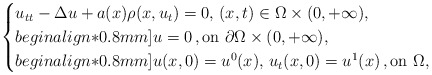
\begin{align*}\begin{cases}u_{tt} - \Delta u + a(x)\rho(x, u_t) = 0, \, (x,t) \in \Omega \times(0, + \infty), \\begin{align*}0.8mm]u = 0 \,, \mbox{on } \partial \Omega \times (0,+ \infty),\\begin{align*}0.8mm]u(x,0) = u^0(x), \, u_t(x,0) = u^1(x) \,, \mbox{on } \Omega,\end{cases}\end{align*}